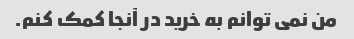
من نمی توانم به خرید در آنجا کمک کنم.